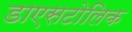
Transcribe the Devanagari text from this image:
डाएसटोलिक